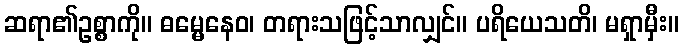
ဆရာ၏ဥစ္စာကို။ ဓမ္မေနေဝ၊ တရားသဖြင့်သာလျှင်။ ပရိယေသတိ၊ မရှာမှီး။